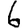
Digit: 6